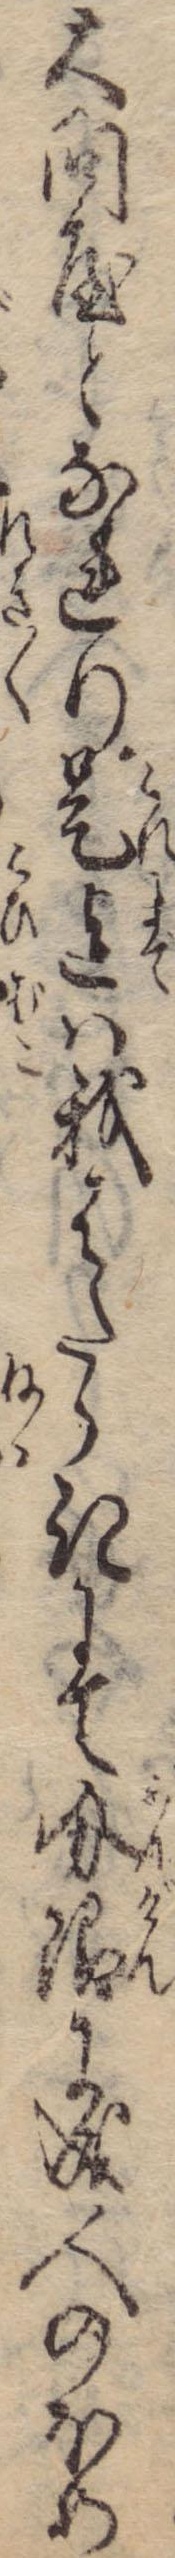
大問屋となれり是迄は我はたらきにて分限に成人のほめ